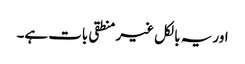
اور یہ بالکل غیر منطقی بات ہے۔